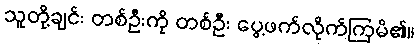
သူတို့ချင်း တစ်ဦးကို တစ်ဦး ပွေ့ဖက်လိုက်ကြမိ၏။